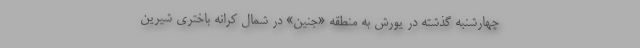
چهارشنبه گذشته در یورش به منطقه «جنین» در شمال کرانه باختری شیرین